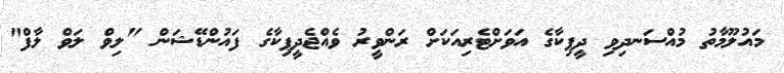
މައުލޫމާތު މުއްސަނދިވި ދީޕިކާގެ އަވަށްޓެރިއަކަށް ރަންވީރު ވެއްޖެދީޕިކާގެ ފައުންޑޭޝަން "ލިވް ލަވް ލާފް"